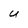
Character: U